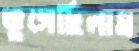
ভুগেছিলাম